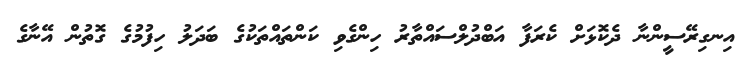
އިނގިރޭސީންނާ ދެކޮޅަށް ކެރަފާ އަބްދުލްސައްތާރު ހިންގެވި ކަންތައްތަކުގެ ބަދަލު ހިފުމުގެ ގޮތުން އޭނާގެ